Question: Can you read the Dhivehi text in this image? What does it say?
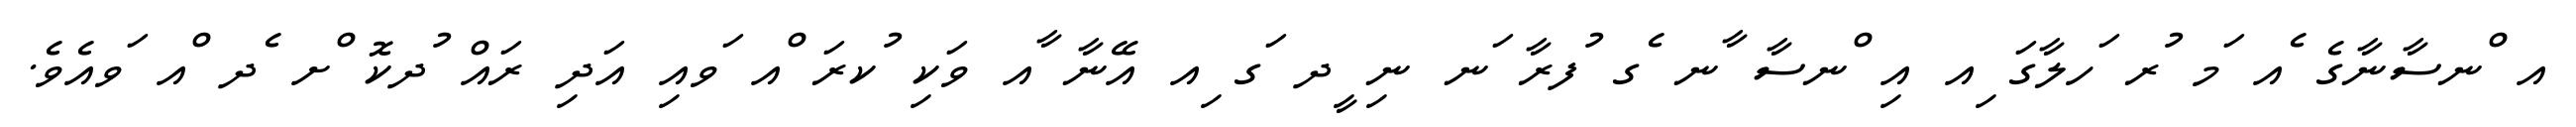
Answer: އ ްނސާނާގެ ެއ ަމ ުރ ަހލާގަ ިއ އި ްނސާ ާނ ެގ ުފރާ ަނ ނި ީދ ަގ ިއ އޭނާ ާއ ވަކި ުކރަ ްއ ަވއި އަދި ރައް ުދކޮ ްށ ެދ ްއ ަވއެވެ.